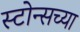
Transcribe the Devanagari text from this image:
स्टोन्सच्या